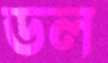
ডল